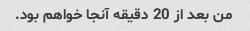
من بعد از 20 دقیقه آنجا خواهم بود.